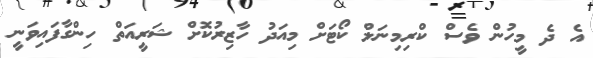
އެ ދެ މީހުން ވެސް ކްރިމިނަލް ކޯޓަށް މިއަދު ހާޒިރުކޮށް ޝަރީއަތް ހިންގާފައިވަނީ